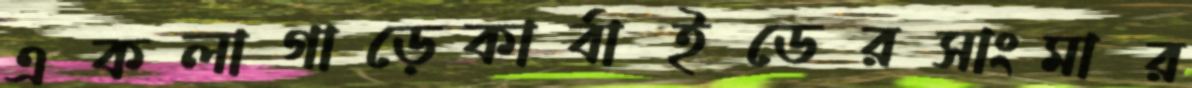
একলাগাড়েকার্বাইডেরসাংমার